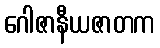
ဂေါဇာနီယဇာတက